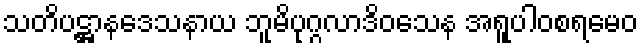
သတိပဋ္ဌာနဒေသနာယ ဘူမိပုဂ္ဂလာဒိဝသေန အရူပါဝစရမေဝ